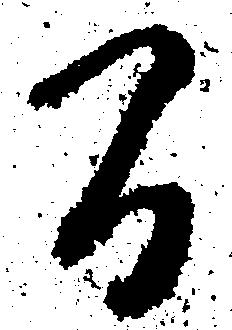
間